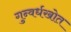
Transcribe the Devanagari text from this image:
गुन्वर्धखोत